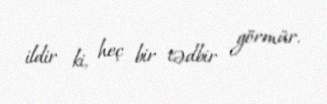
ildir ki, heç bir tədbir görmür.